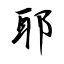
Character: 耶